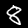
Label: 8